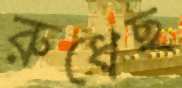
রুধেছ